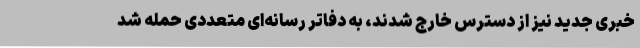
خبری جدید نیز از دسترس خارج شدند، به دفاتر رسانه‌ای متعددی حمله شد